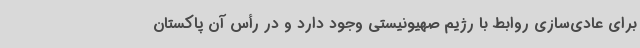
برای عادی‌سازی روابط با رژیم صهیونیستی وجود دارد و در رأس آن پاکستان